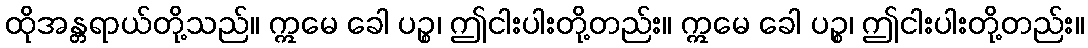
ထိုအန္တရာယ်တို့သည်။ ဣမေ ခေါ ပဉ္စ၊ ဤငါးပါးတို့တည်း။ ဣမေ ခေါ ပဉ္စ၊ ဤငါးပါးတို့တည်း။